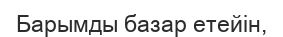
Барымды базар етейін,